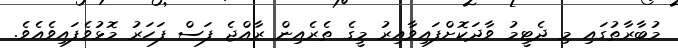
މުބާރާތުގައި މި ދެޓީމު ވާދަކޮށްފައިވާއިރު މީގެ ތެރެއިން ރާއްޖެ ފަސް ފަހަރު މޮޅުވެފައިވެއެވެ.